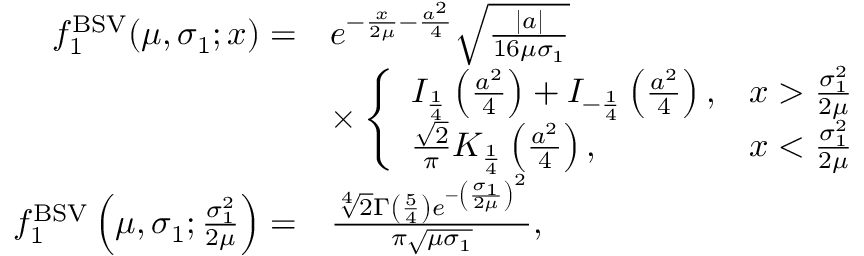
\begin{array} { r l } { f _ { 1 } ^ { \mathrm { B S V } } ( \mu , \sigma _ { 1 } ; x ) = } & { e ^ { - \frac { x } { 2 \mu } - \frac { a ^ { 2 } } 4 } \sqrt { \frac { | a | } { 1 6 \mu \sigma _ { 1 } } } } \\ & { \times \left\{ \begin{array} { l l } { I _ { \frac { 1 } { 4 } } \left( \frac { a ^ { 2 } } { 4 } \right) + I _ { - \frac { 1 } { 4 } } \left( \frac { a ^ { 2 } } { 4 } \right) , } & { x > \frac { \sigma _ { 1 } ^ { 2 } } { 2 \mu } } \\ { \frac { \sqrt 2 } { \pi } K _ { \frac { 1 } { 4 } } \left( \frac { a ^ { 2 } } { 4 } \right) , } & { x < \frac { \sigma _ { 1 } ^ { 2 } } { 2 \mu } } \end{array} \right. } \\ { f _ { 1 } ^ { \mathrm { B S V } } \left( \mu , \sigma _ { 1 } ; \frac { \sigma _ { 1 } ^ { 2 } } { 2 \mu } \right) = } & { \frac { \sqrt [ 4 ] { 2 } \Gamma \left( \frac { 5 } { 4 } \right) e ^ { - \left( \frac { \sigma _ { 1 } } { 2 \mu } \right) ^ { 2 } } } { \pi \sqrt { \mu \sigma _ { 1 } } } , } \end{array}